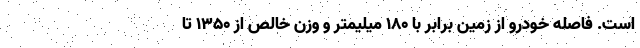
است. فاصله خودرو از زمین برابر با 180 میلیمتر و وزن خالص از 1350 تا